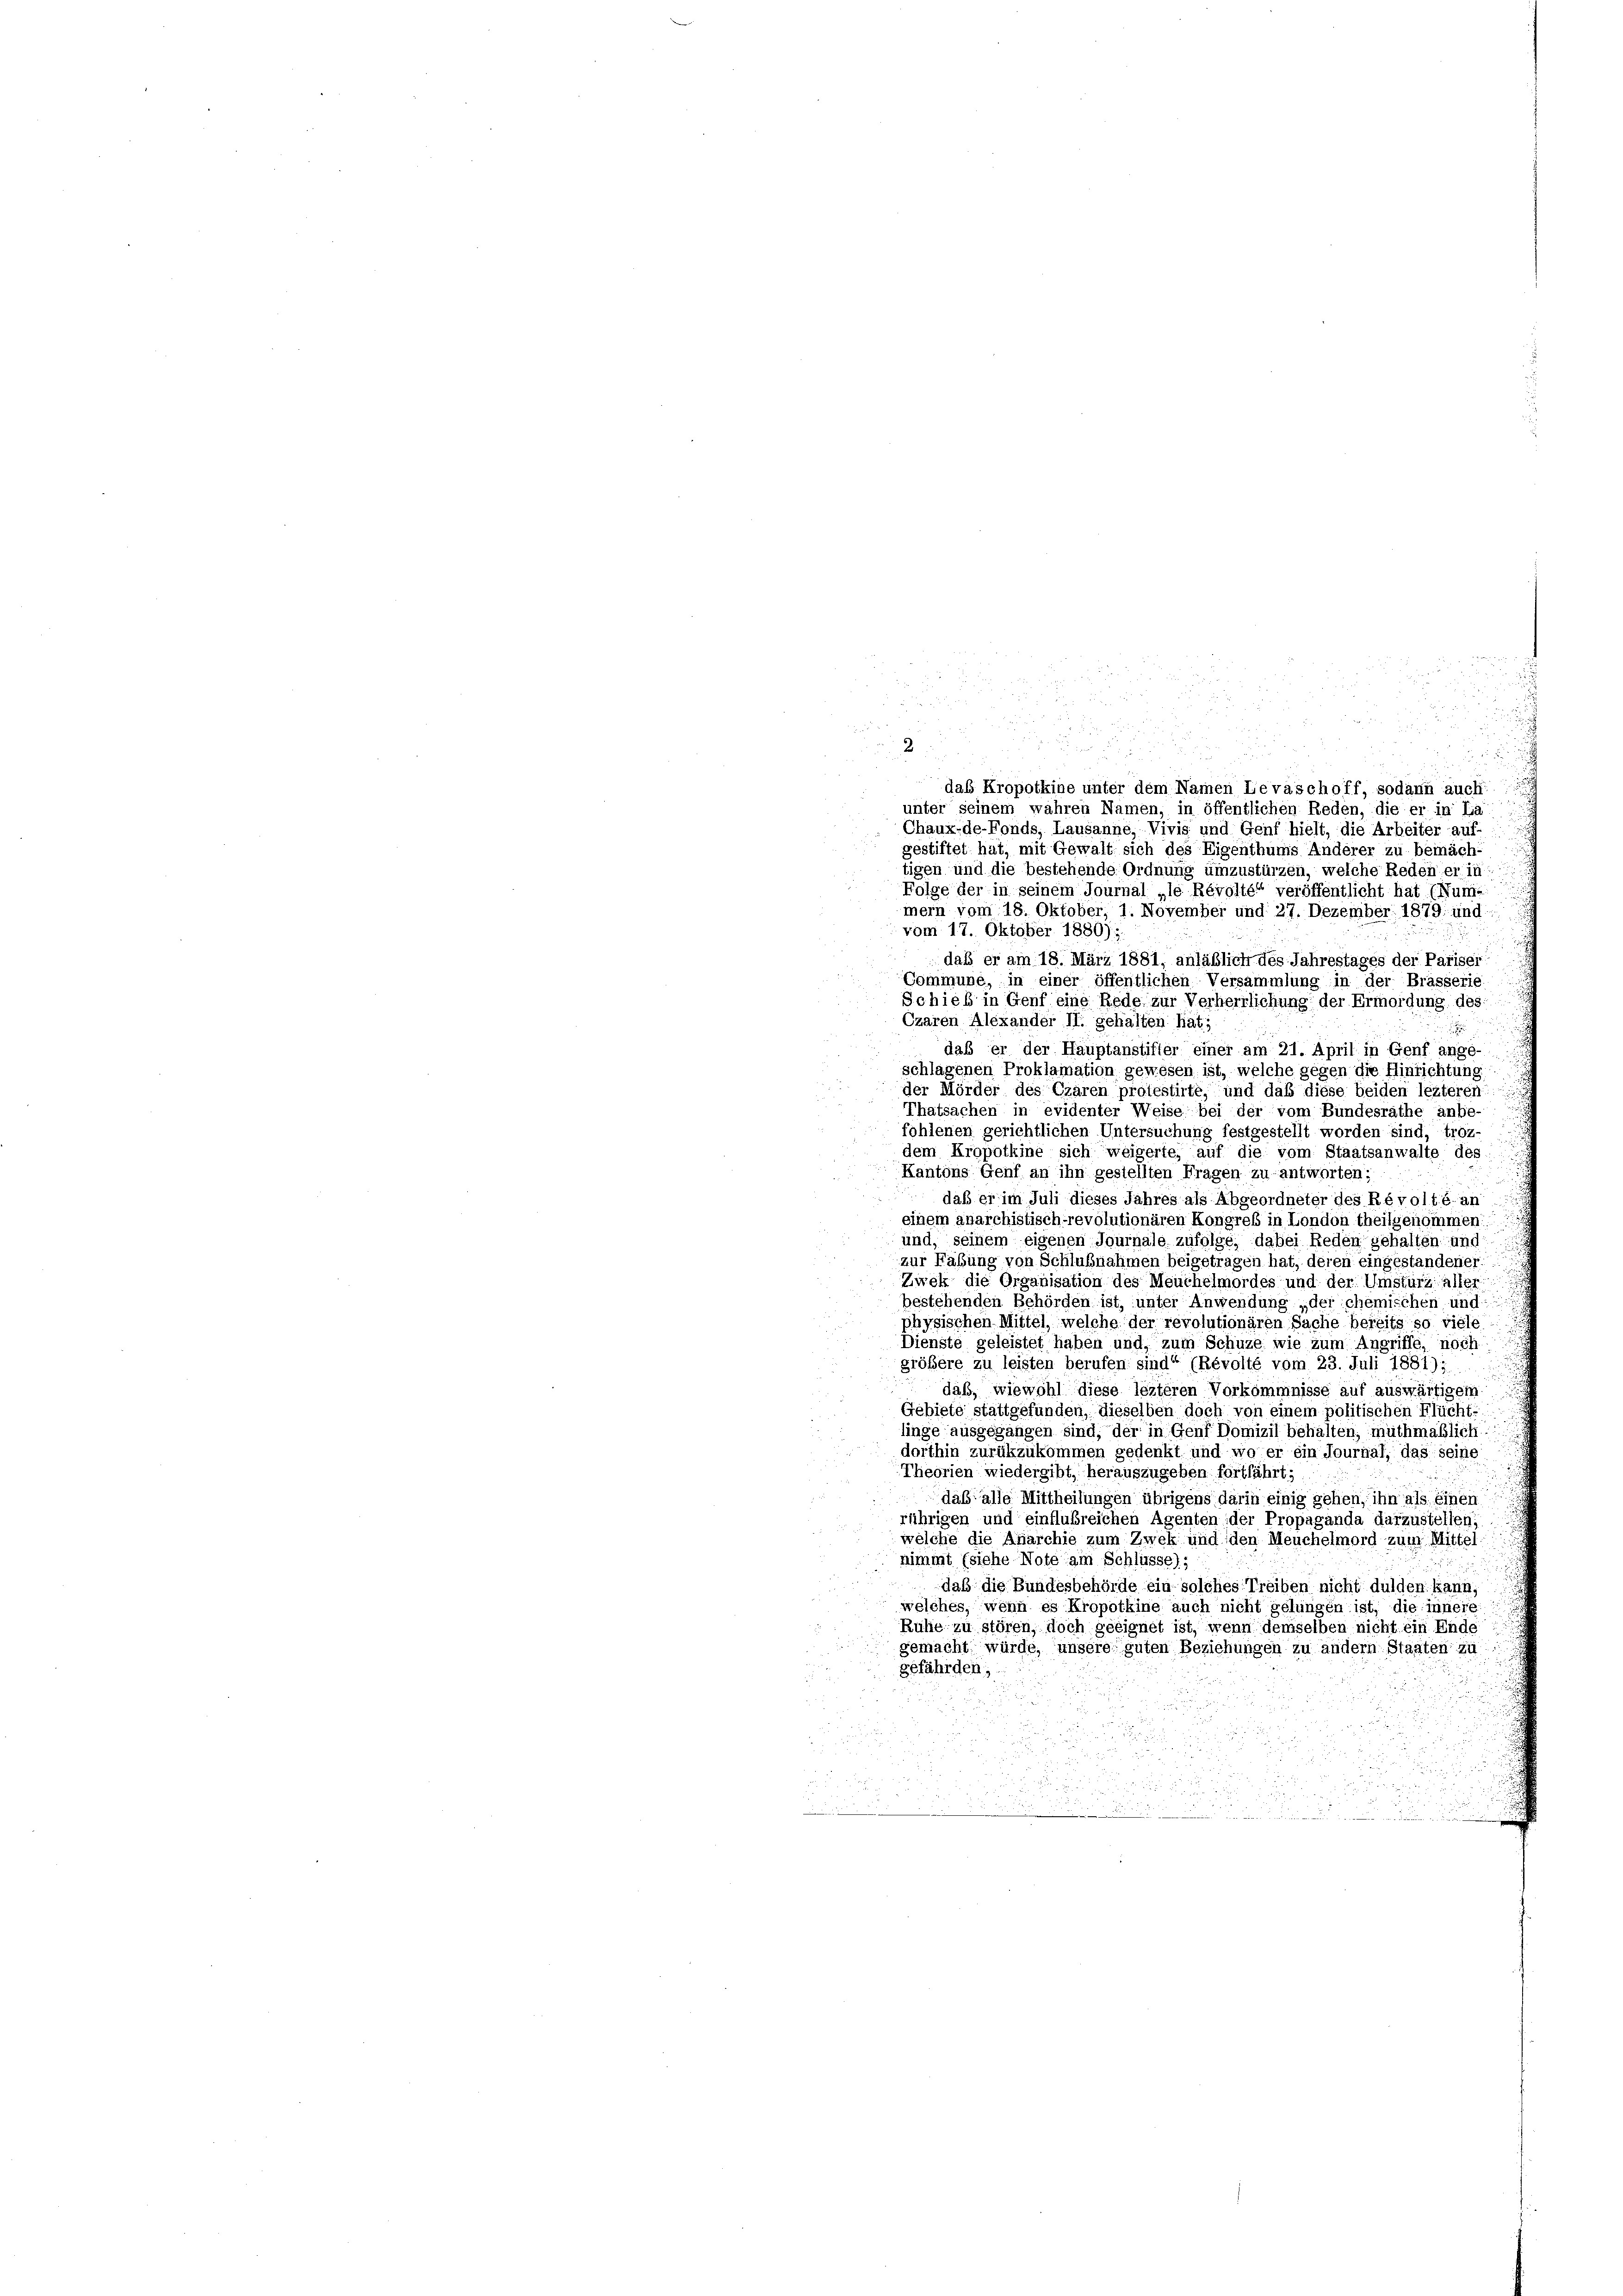
n
i
d

a
das Kropotkine unter dem Namen Levaschoff, sodann auch
unter seinem wahren Namen, in öffentlichen Reden, die er in La
Chaux-de-Fonds, Lausanne, Vivis und Genf hielt, die Arbeiter auf-
gestiftet hat, mit Gewalt sich des Eigenthums Anderer zu bemäch-
tigen und die bestehende Ordnung umzustürzen, welche Reden er in
Folge der in seinem Journal „le Révolté“ veröffentlicht hat (Nume
mern vom 18. Oktober, 1. November und 27. Dezember 1879; und
vom 17. Oktober 1880);
daß er am 18. März 1881, anläßlich des Jahrestages der Pariser
Commune, in einer öffentlichen Versammlung in der Brässerie
Schieb in Genf eine Rede zur Verherrlichung der Ermordung des
Czaren Alexander II. gehalten hat;
daß er der Hauptanstifter einer am 21. April in Genf ange-
schlagenen Proklamation gewesen ist, welche gegen die Hinrichtung
der Mörder des Czaren protestirte, und daß diese beiden lezteren
Thatsachen in evidenter Weise bei der vom Bundesrathe anbe-
fohlenen gerichtlichen Untersuchung festgestellt worden sind, troz-
dem Kropotkine sich weigerte, auf die vom Staatsanwalte des
Kantons Genf an ihn gestellten Fragen zu antworten:
daß er im Juli dieses Jahres als Abgeordneter des Révolté an
einem anarchistisch-revolutionären Kongress in London theilgenommen:
und, seinem eigenen Journale zufolge, dabei Reden gehalten und
zur Fabung von Schlußnahmen beigetragen hat, deren eingestandener
Zwek die Organisation des Meuchelmordes und der Umsturz aller
bestehenden Behörden ist, unter Anwendung „der chemischen und
physischen Mittel, welche der revolutionären Sache bereits so viele
Dienste geleistet haben und zum Schuze wie zum Angriffe, noch
größere zu leisten berufen sind“ (Révolté vom 23. Juli 1881).
daß, wiewohl diese lezteren Vorkommnisse auf auswärtigem
Gebiete stattgefunden, dieselben doch von einem politischen Flücht-
linge ausgegangen sind, der in Genf Domizil behalten, muthmaßlich
dorthin zurückzukommen gedenkt und wo er ein Journal, das seine
Theorien wiedergibt, herauszugeben fortfährt;
daß alle Mittheilungen übrigens darin einig gehen, ihn als einen
rührigen und einflußreichen Agenten der Propaganda darzustellen;
welche die Anarchie zum Zwek und den Meuchelmord zum Mittel-
nimmt (siehe Note am Schlüsse);
daß die Bundesbehörde ein solches Treiben nicht dulden kann,
welches, wenn es Kropotkine auch nicht gelungen ist, die innere
Ruhe zu stören, doch geeignet ist, wenn demselben nicht ein Ende
gemacht würde, unsere guten Beziehungen zu andern Staaten zu
gefährden;

2

8
2